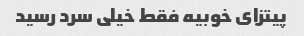
پیتزای خوبیه فقط خیلی سرد رسید